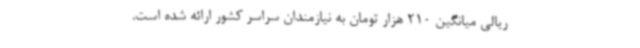
ریالی میانگین 210 هزار تومان به نیازمندان سراسر کشور ارائه شده است.